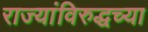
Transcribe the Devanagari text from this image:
राज्यांविरुद्धच्या